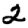
Digit: 2